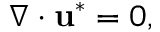
\nabla \cdot \mathbf { u } ^ { * } = 0 ,